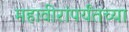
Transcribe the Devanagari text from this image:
महावीरांपर्यंतच्या